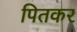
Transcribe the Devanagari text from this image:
पितकर